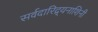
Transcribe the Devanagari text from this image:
सर्वदारिद्र्यनाशिनी